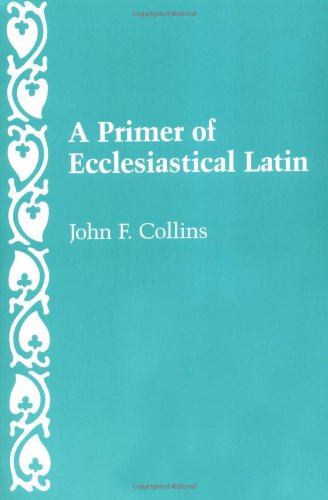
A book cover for A Primer of Ecclesiastical Latin; John F. Collins; Politics & Social Sciences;